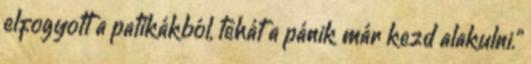
elfogyott a patikákból, tehát a pánik már kezd alakulni."